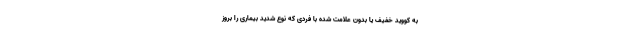
به کووید خفیف یا بدون علامت شده با فردی که نوع شدید بیماری را بروز